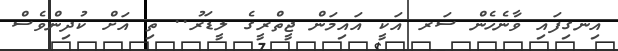
އިނގިފައި ވާނެހެން ސަރ އަކީ އައިމަން ޖީތްރީގެ ލީޑަރު.. ތި އަށް ކުދިންވެސް